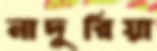
নাদুরিয়া